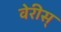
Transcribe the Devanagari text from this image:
वेरीस्